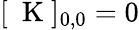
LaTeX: [\mathrm{~\mathbf~K~}]_{0,0}=0